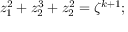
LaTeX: z _ { 1 } ^ { 2 } + z _ { 2 } ^ { 3 } + z _ { 2 } ^ { 2 } = \zeta ^ { k + 1 } ;